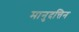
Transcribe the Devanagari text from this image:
मानुदत्तिन